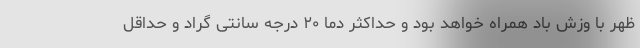
ظهر با وزش باد همراه خواهد بود و حداکثر دما ۲۰ درجه سانتی گراد و حداقل